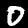
Label: 0